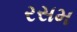
રસમ